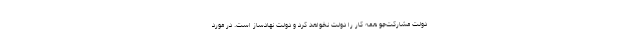
دولت مشارکت‌جو همه کار را دولت نخواهد کرد و دولت نهادساز است. در مورد